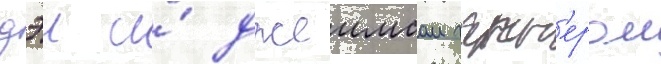
дэи и́ джеимсом гарн'ером